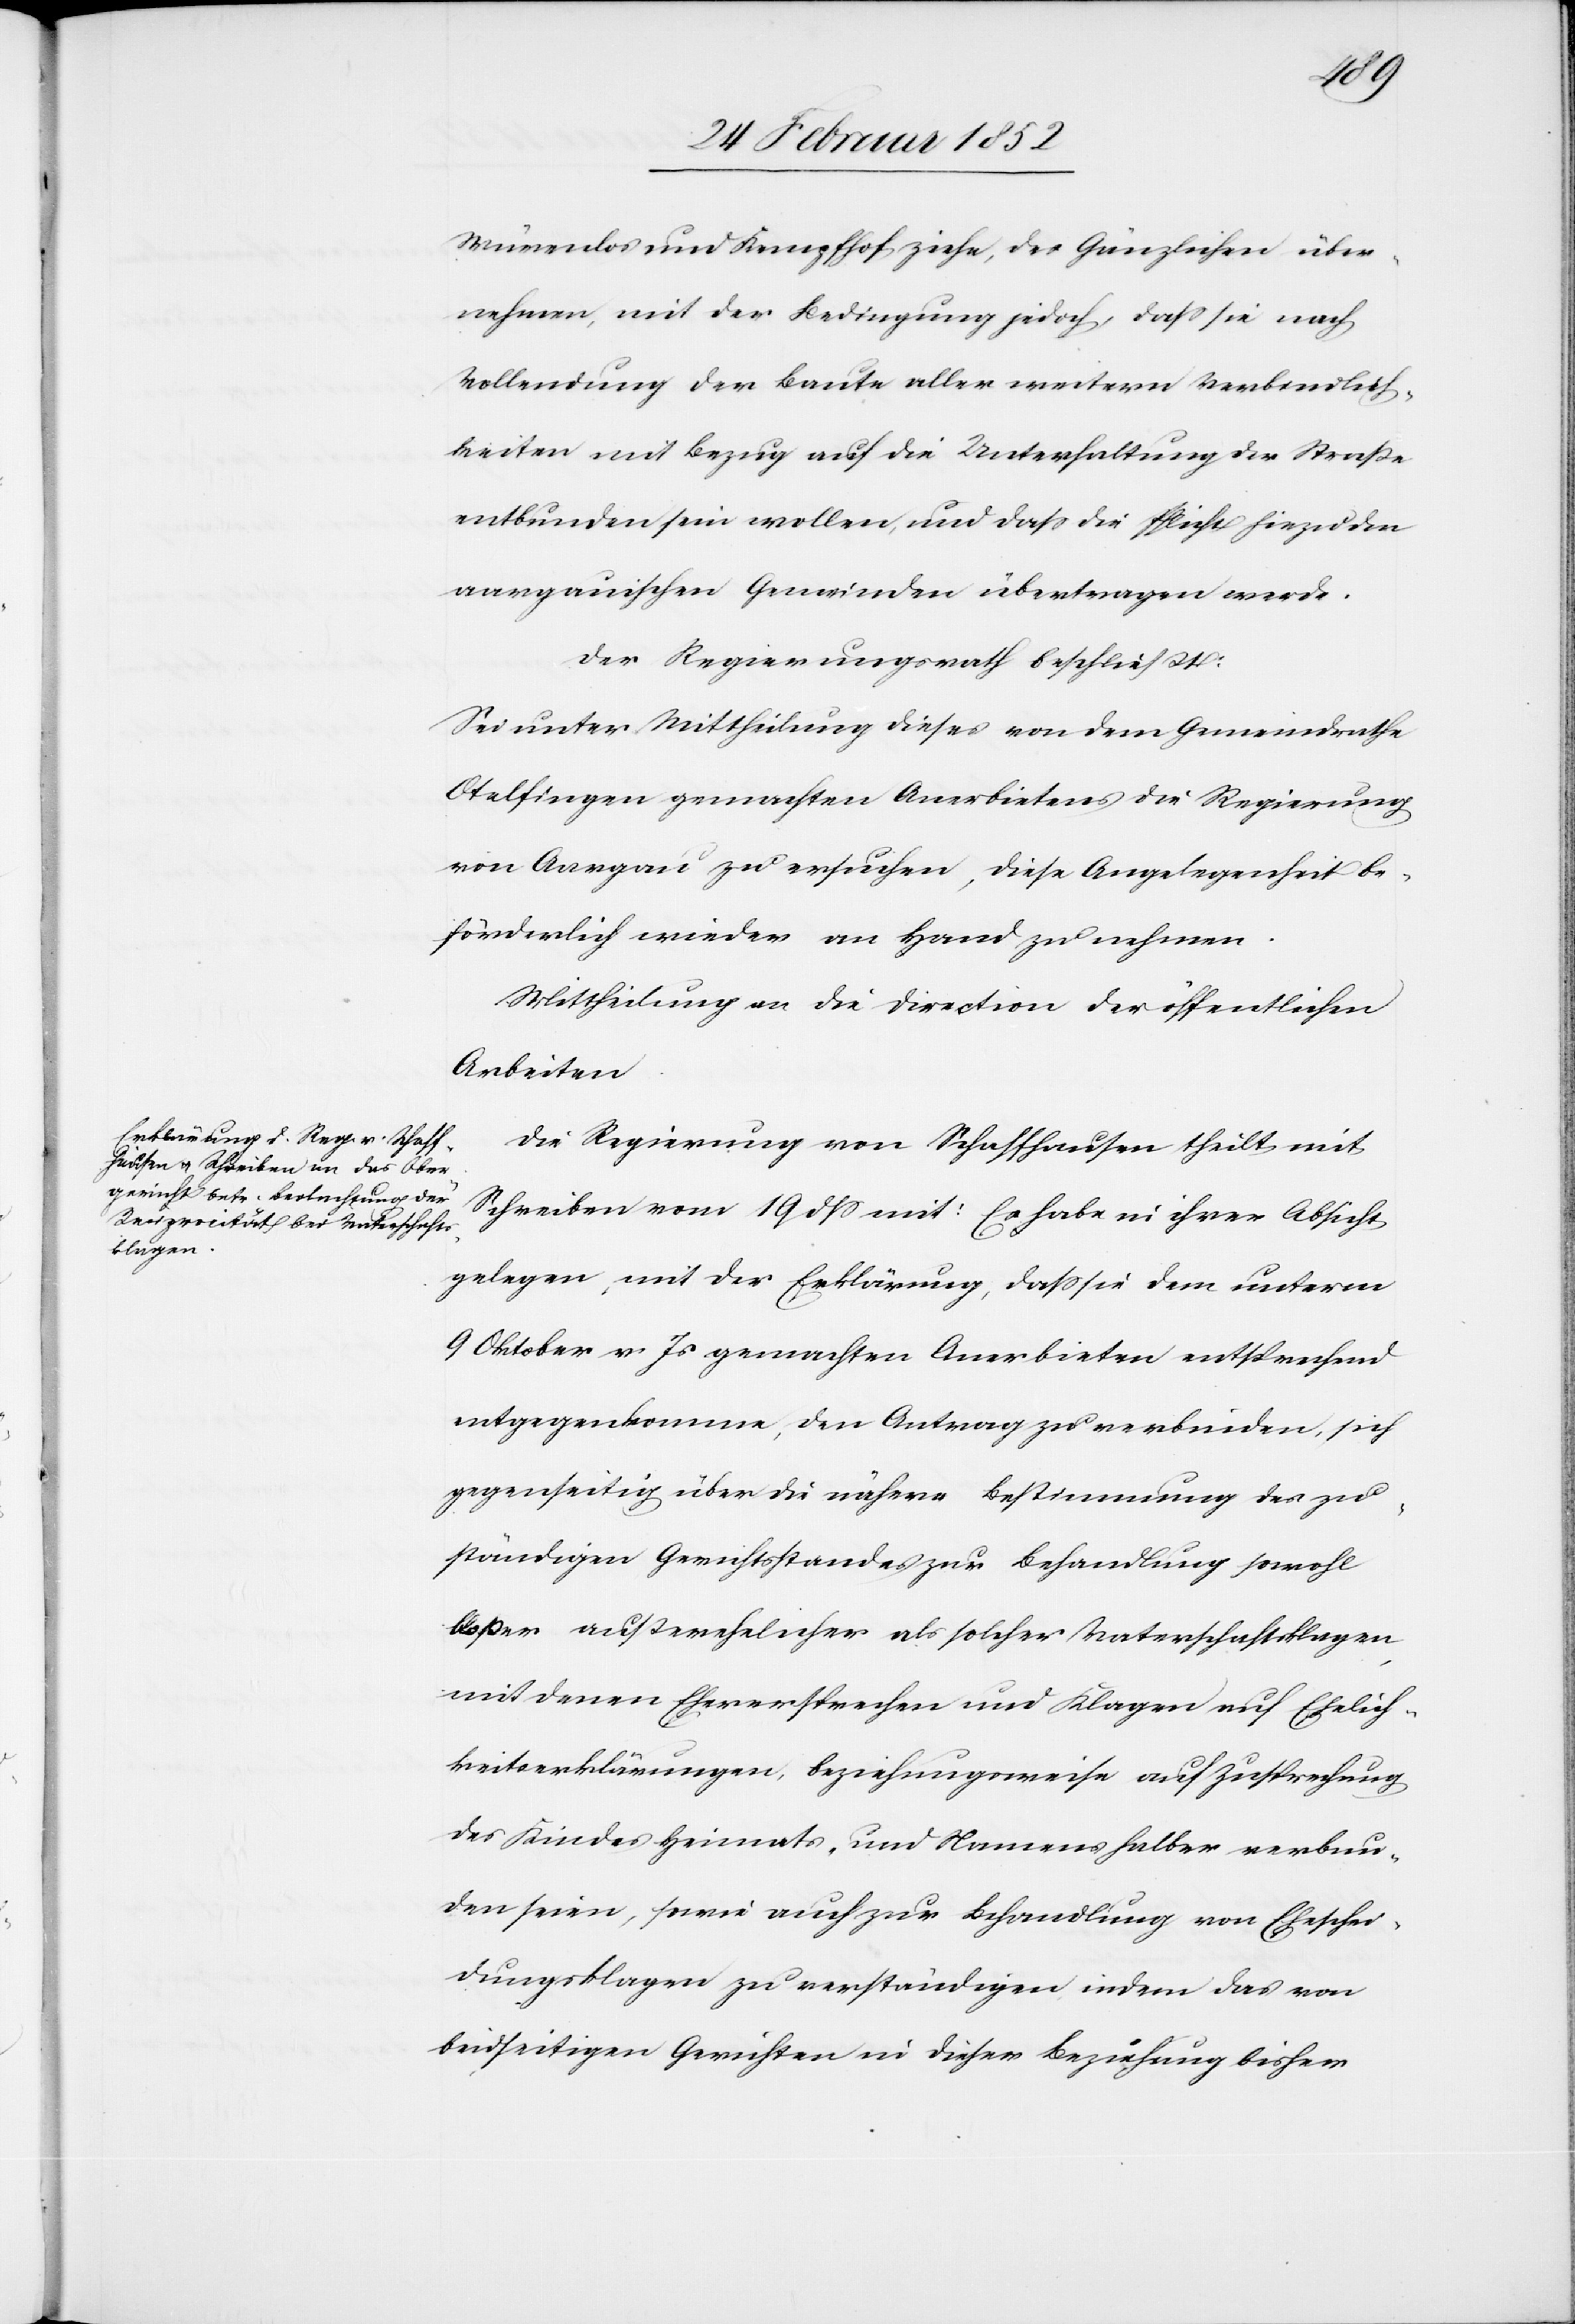
Würenlos und Kempfhof ziehe, des Gänzlichen über¬
nehmen, mit der Bedingung jedoch, daß sie nach
Vollendung der Baute aller weitern Verbindlich¬
keiten mit Bezug auf die Unterhaltung der Straße
entbunden sein wollen und daß die Pflicht hiezu den
aargauischen Gemeinden übertragen werde.
Der Regierungsrath beschließt:
Sei unter Mittheilung dieses von dem Gemeindrathe
Otelfingen gemachten Anerbietens die Regierung
von Aargau zu ersuchen, diese Angelegenheit be¬
förderlich wieder an Hand zu nehmen.
Mittheilung an die Direction der öffentlichen
Arbeiten.
Die Regierung von Schaffhausen theilt mit
Schreiben vom 19 dß mit: Es habe in ihrer Absicht
gelegen, mit der Erklärung, daß sie dem unterm
9 Oktober v. Js gemachten Anerbieten entsprechend
entgegenkomme, den Antrag zu verbinden, sich
gegenseitig über die nähere Bestimmung des zu¬
ständigen Gerichtsstandes zur Behandlung sowohl
bloßer außerehelicher als solcher Vaterschaftsklagen
mit denen Eheversprechen und Klagen auch Ehelich¬
keitserklärungen, beziehungsweise auf Zusprechung
des Kindes Heimats- und Namens halber verbun¬
den seien, sowie auch zur Behandlung von Eheschei¬
dungsklagen zu verständigen indem das von
beidseitigen Gerichten in dieser Beziehung bisher